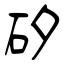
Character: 矽